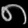
Digit: ၈